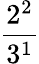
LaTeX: \frac{2^{2}}{3^{1}}